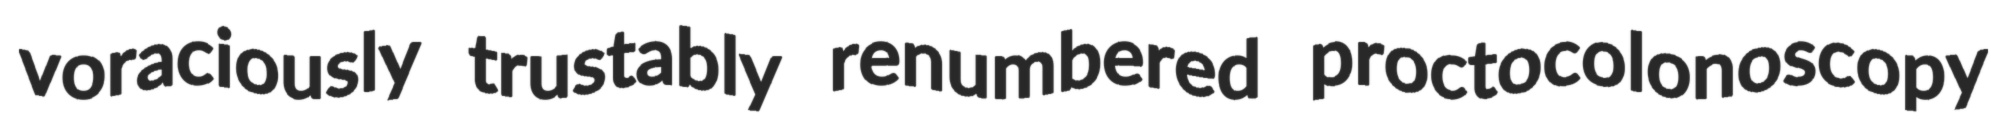
voraciously trustably renumbered proctocolonoscopy